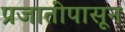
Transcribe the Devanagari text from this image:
प्रजातींपासून